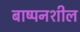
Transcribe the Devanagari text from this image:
बाष्पनशील